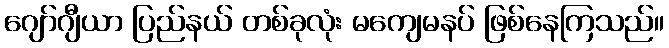
ဂျော်ဂျီယာ ပြည်နယ် တစ်ခုလုံး မကျေမနပ် ဖြစ်နေကြသည်။